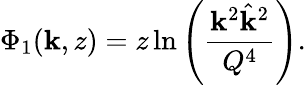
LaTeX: \Phi_{1}(\mathbf{k},z)=z\ln\left(\frac{{\mathbf{k}^{2}\hat{{\mathbf{k}}}^{2}}}{{Q^{4}}}\right).